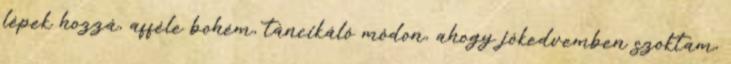
lépek hozzá, afféle bohém, táncikáló módon, ahogy jókedvemben szoktam,